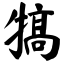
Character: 犒